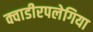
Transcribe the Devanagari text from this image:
क्वाडीरपलेगिया